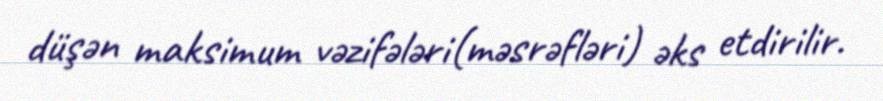
düşən maksimum vəzifələri(məsrəfləri) əks etdirilir.